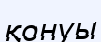
қонуы